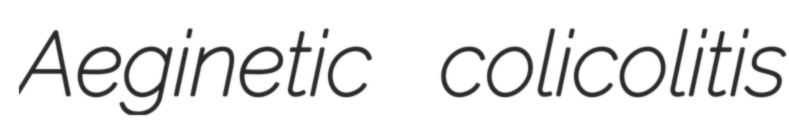
Aeginetic colicolitis